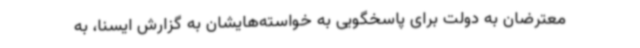
معترضان به دولت برای پاسخگویی به خواسته‌هایشان به گزارش ایسنا، به